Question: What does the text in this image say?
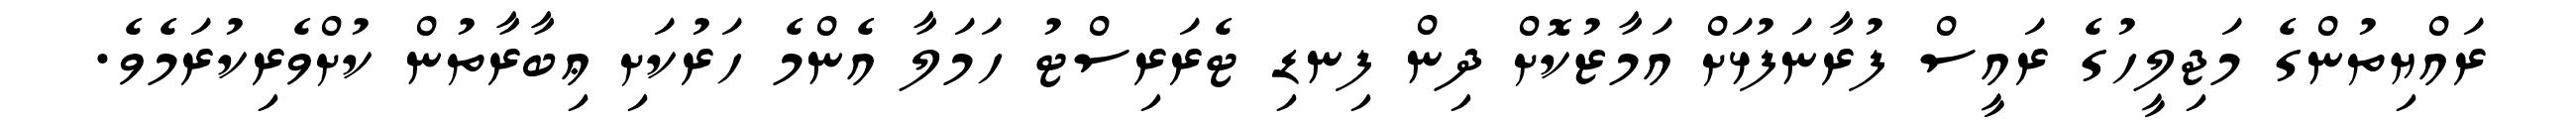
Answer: ރައްޔިތުންގެ މަޖިލީހުގެ ރައީސް ފުރާނަފުޅަށް އަމާޒުކޮށް ދިން ފިނޑި ޓެރަރިސްޓު ހަމަލާ އެންމެ ހަރުކަށި ޢިބާރާތުން ކުށްވެރިކުރަމެވެ.